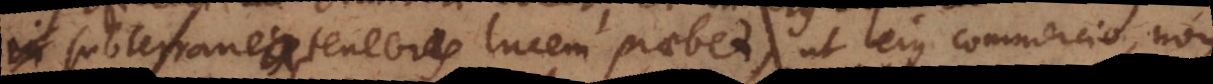
subterraneas tenebras lucem praebet, ut ejus commercio, non